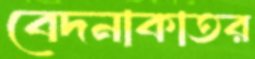
বেদনাকাতর